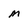
Character: M